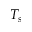
T _ { s }